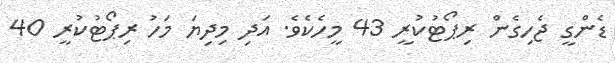
ޑެންގީ ޖެހިގެން ރިޕޯޓުކުރީ 43 މީހެކެވެ. އަދި މިދިޔަ މަހު ރިޕޯޓުކުރީ 40